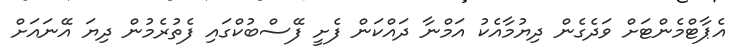
އެޕާޓްމެންޓަށް ވަދެގެން ދިޔުމާއެކު އަމްނާ ދައްކަން ފެށީ ފޭސްބުކްގައި ފެތުރެމުން ދިޔަ އޭނައަށް